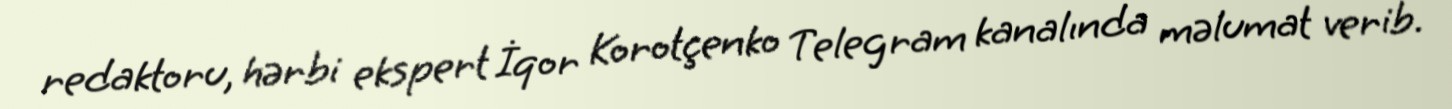
redaktoru, hərbi ekspert İqor Korotçenko Telegram kanalında məlumat verib.